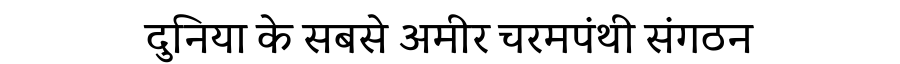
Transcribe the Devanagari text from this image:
दुनिया के सबसे अमीर चरमपंथी संगठन